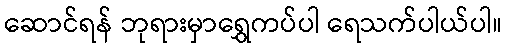
ဆောင်ရန် ဘုရားမှာရွှေကပ်ပါ ရေသက်ပါယ်ပါ။